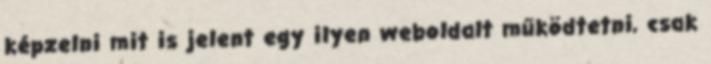
képzelni mit is jelent egy ilyen weboldalt működtetni, csak